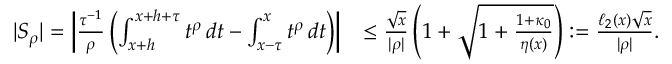
\begin{array} { r l } { | S _ { \rho } | = \left| \frac { \tau ^ { - 1 } } { \rho } \left( \int _ { x + h } ^ { x + h + \tau } t ^ { \rho } \, d t - \int _ { x - \tau } ^ { x } t ^ { \rho } \, d t \right) \right| } & { \leq \frac { \sqrt { x } } { | \rho | } \left( 1 + \sqrt { 1 + \frac { 1 + \kappa _ { 0 } } { \eta ( x ) } } \right) : = \frac { \ell _ { 2 } ( x ) \sqrt { x } } { | \rho | } . } \end{array}